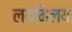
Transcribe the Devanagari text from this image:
लयमिलय